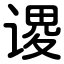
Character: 谡